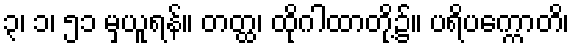
၃၊ ၁၊ ၅၁ မှယူရန်။ တတ္ထ၊ ထိုဂါထာတို့၌။ ပရိပက္ကောတိ၊